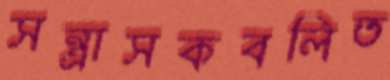
সন্ত্রাসকবলিত